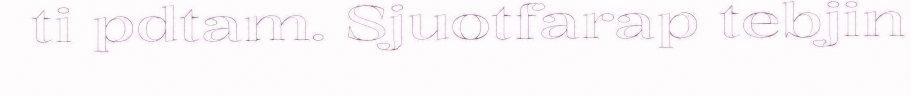
ti pdtam. Sjuotfarap tebjin